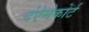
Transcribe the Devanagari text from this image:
द॑ऐमेकोर्ट